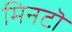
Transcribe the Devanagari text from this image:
मिनटॊ